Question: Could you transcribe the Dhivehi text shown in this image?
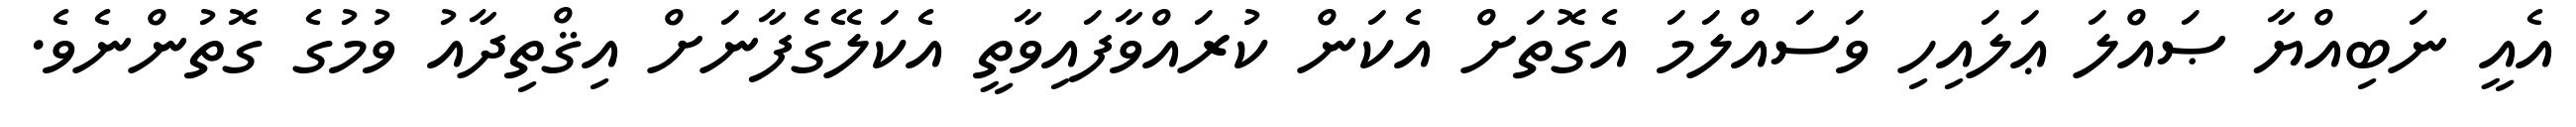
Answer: އެއީ ނަބިއްޔާ ޞައްލަ ޢަލައިހި ވަސައްލަމަ އެގޮތަށް އެކަން ކުރައްވާފައިވާތީ އެކަލޭގެފާނަށް އިޤްތިދާއު ވުމުގެ ގޮތުންނެވެ.